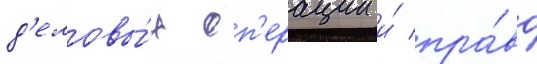
д'еловы́х оп'ерации и́ пра́во